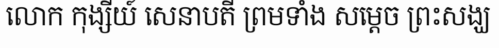
លោក កុង្សីយ៍ សេនាបតី ព្រមទាំង សម្តេច ព្រះសង្ឃ